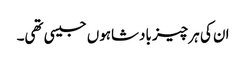
ان کی ہر چیز بادشاہوں جیسی تھی۔